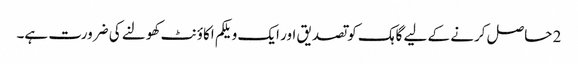
2 حاصل کرنے کے لیے گاہک کو تصدیق اور ایک ویلکم اکاؤنٹ کھولنے کی ضرورت ہے۔